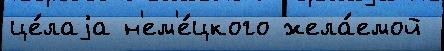
це́лаjа н'ем'е́цкого жела́емой